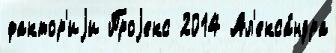
фактор'иjи Проjекс 2014 Ал'екса́ндра